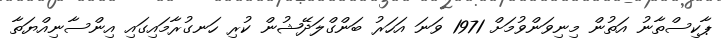
ޕާކިސްތާނު އަތުން މިނިވަންވުމަށް 1971 ވަނަ އަހަރު ބަންގްލަދޭޝުން ކުރި ހަނގުރާމައިގައި އިންސާނިއްޔަތާ